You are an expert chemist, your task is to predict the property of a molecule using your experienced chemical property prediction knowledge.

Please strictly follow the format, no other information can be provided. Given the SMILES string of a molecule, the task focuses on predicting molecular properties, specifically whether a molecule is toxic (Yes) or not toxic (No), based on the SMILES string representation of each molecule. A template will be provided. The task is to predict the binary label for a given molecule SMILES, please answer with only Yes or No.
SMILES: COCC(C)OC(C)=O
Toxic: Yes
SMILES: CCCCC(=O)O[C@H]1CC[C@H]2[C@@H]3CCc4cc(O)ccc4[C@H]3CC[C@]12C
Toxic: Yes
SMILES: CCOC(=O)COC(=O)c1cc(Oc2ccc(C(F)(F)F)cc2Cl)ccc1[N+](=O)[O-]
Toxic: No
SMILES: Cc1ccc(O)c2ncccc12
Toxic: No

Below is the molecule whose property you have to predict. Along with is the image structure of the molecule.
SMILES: CCCOC(=O)c1ccc(N)cc1
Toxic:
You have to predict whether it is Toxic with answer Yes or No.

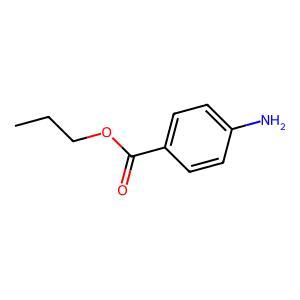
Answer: No